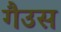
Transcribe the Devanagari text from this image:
गैउस